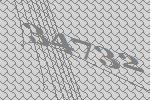
34732